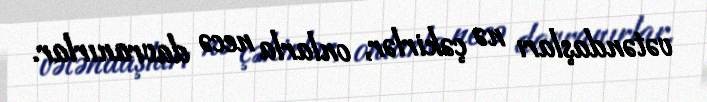
vətəndaşları nə çəkirlər, onlarla necə davranırlar.